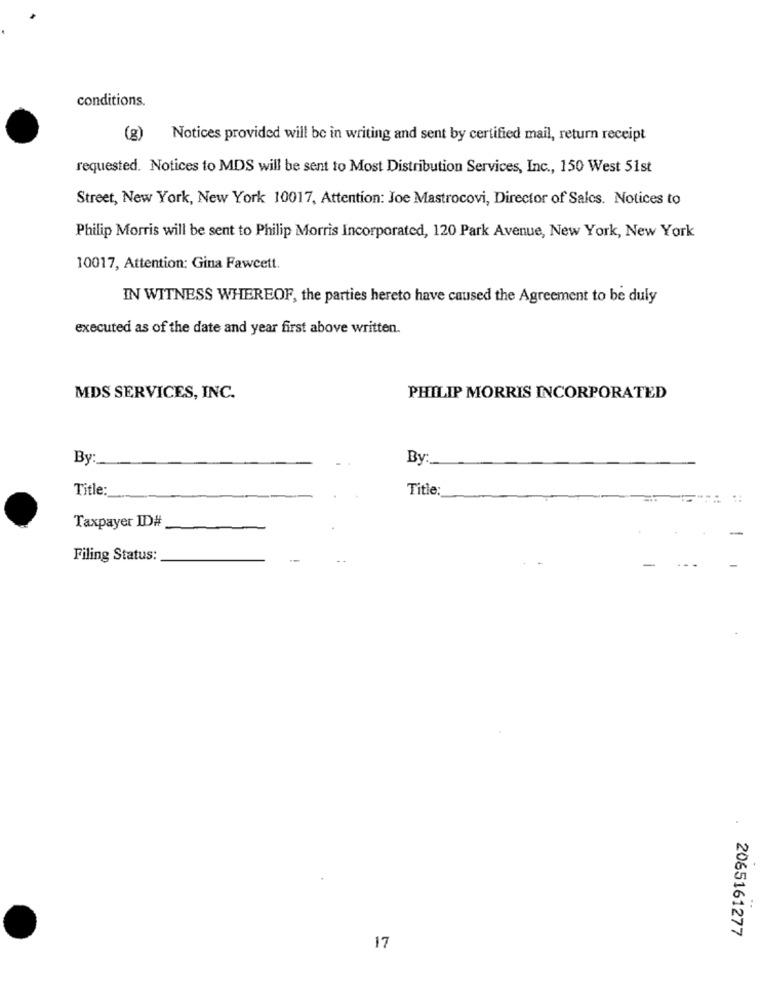
conditions.
(g)
Notices provided will be in writing and sent by certified mail, return receipt
requested. Notices to MDS will be sent to Most Distribution Services, Inc ., 150 West 51st
Street, New York, New York 10017, Attention: Joe Mastrocovi, Director of Sales. Notices to
Philip Morris will be sent to Philip Morris Incorporated, 120 Park Avenue, New York, New York
10017, Attention: Gina Fawcett.
IN WITNESS WHEREOF, the parties hereto have caused the Agreement to be duly
executed as of the date and year first above written.
MDS SERVICES, INC.
PHILIP MORRIS INCORPORATED
By:
By:
Title:
Title:
Taxpayer ID#
Filing Status:
2065161277
17